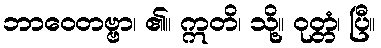
ဘာဝေတဗ္ဗာ၊ ၏။ ဣတိ၊ သို့။ ဝုတ္တံ၊ ပြီ။